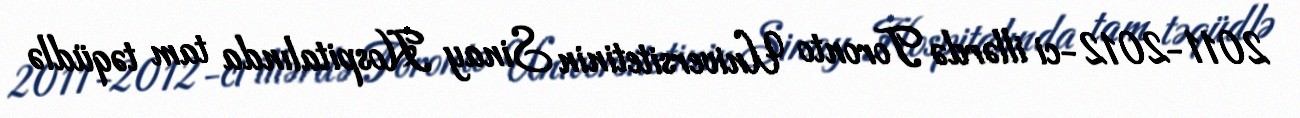
2011-2012-ci illərdə Toronto Universitetinin Sinay Hospitalında tam təqüdlə